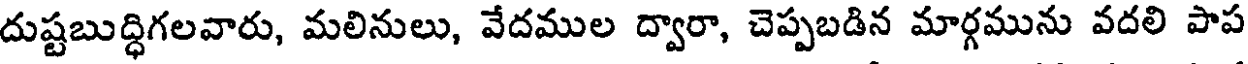
దుష్టబుద్ధిగలవారు, మలినులు, వేదముల ద్వారా, చెప్పబడిన మార్గమును వదలి పాప